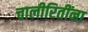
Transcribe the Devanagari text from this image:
चालीरितींना